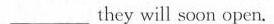
\underlinethey will soon open.